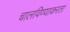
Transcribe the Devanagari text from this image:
चालविण्याकरता